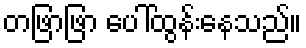
တဖြာဖြာ ပေါ်ထွန်းနေသည်။